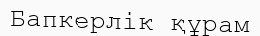
Бапкерлік құрам